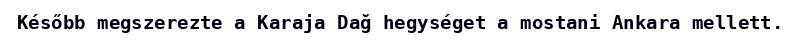
Később megszerezte a Karaja Dağ hegységet a mostani Ankara mellett.